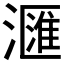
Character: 𣿬